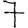
Digit: 7